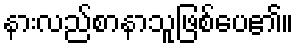
နားလည်စာနာသူဖြစ်ပေ၏။